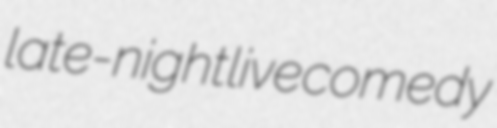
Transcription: late-night live comedy